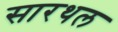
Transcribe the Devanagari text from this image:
सारथल